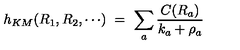
h _ { K M } ( R _ { 1 } , R _ { 2 } , \cdots ) \ = \ \sum _ { a } { \frac { C ( R _ { a } ) } { k _ { a } + \rho _ { a } } }